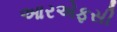
આરએફસી